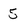
Character: 5